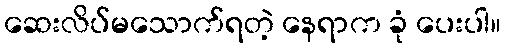
ဆေးလိပ်မသောက်ရတဲ့ နေရာက ခုံ ပေးပါ။